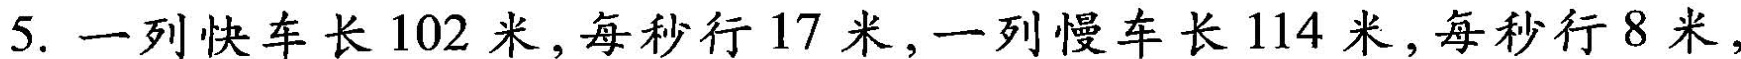
5. 一列快车长102米，每秒行17米，一列慢车长114米，每秒行8米，